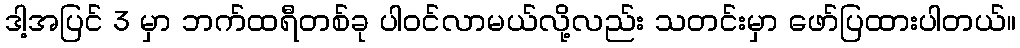
ဒါ့အပြင် 3 မှာ ဘက်ထရီတစ်ခု ပါဝင်လာမယ်လို့လည်း သတင်းမှာ ဖော်ပြထားပါတယ်။